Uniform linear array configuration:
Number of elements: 12
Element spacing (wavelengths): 0.75
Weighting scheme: binomial
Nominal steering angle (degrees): -45
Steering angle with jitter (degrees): -46.449
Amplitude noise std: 0.05
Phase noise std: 0.05

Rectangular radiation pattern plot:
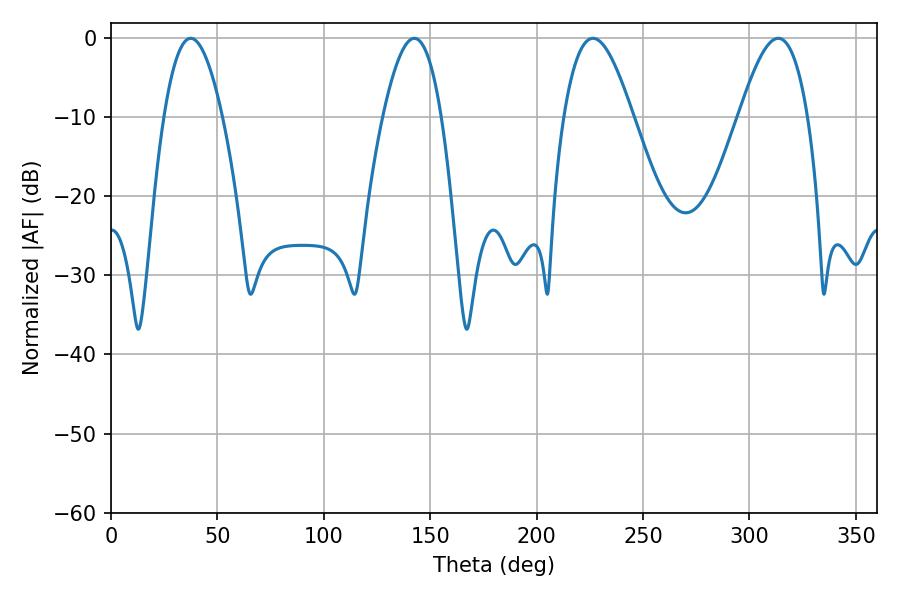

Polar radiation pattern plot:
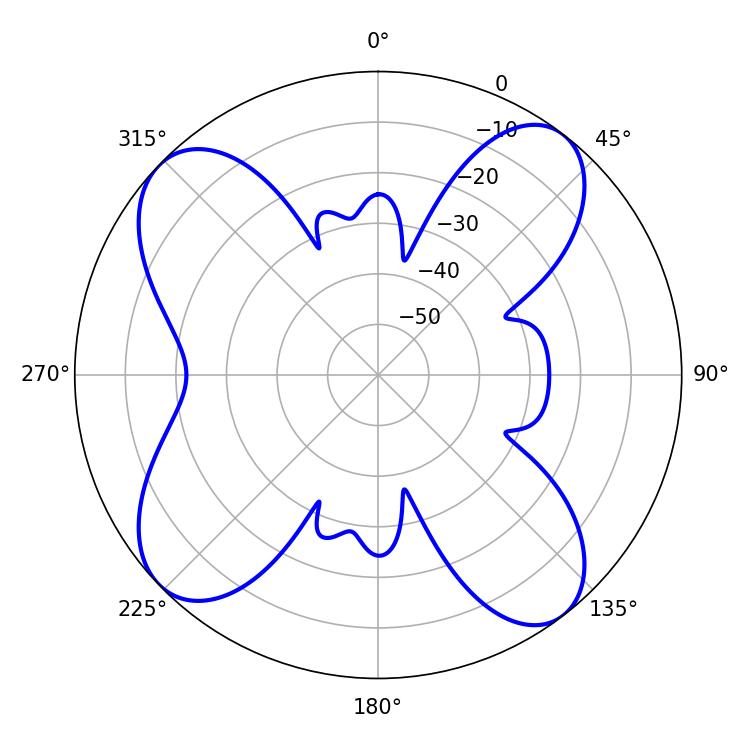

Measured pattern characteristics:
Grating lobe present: TRUE
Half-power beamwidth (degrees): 15.12
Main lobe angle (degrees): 37.44